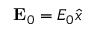
\mathbf { E } _ { 0 } = E _ { 0 } \hat { x }